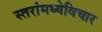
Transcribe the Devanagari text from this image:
स्तरांमध्येविचार